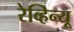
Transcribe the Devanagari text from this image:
रेव्हिन्यू